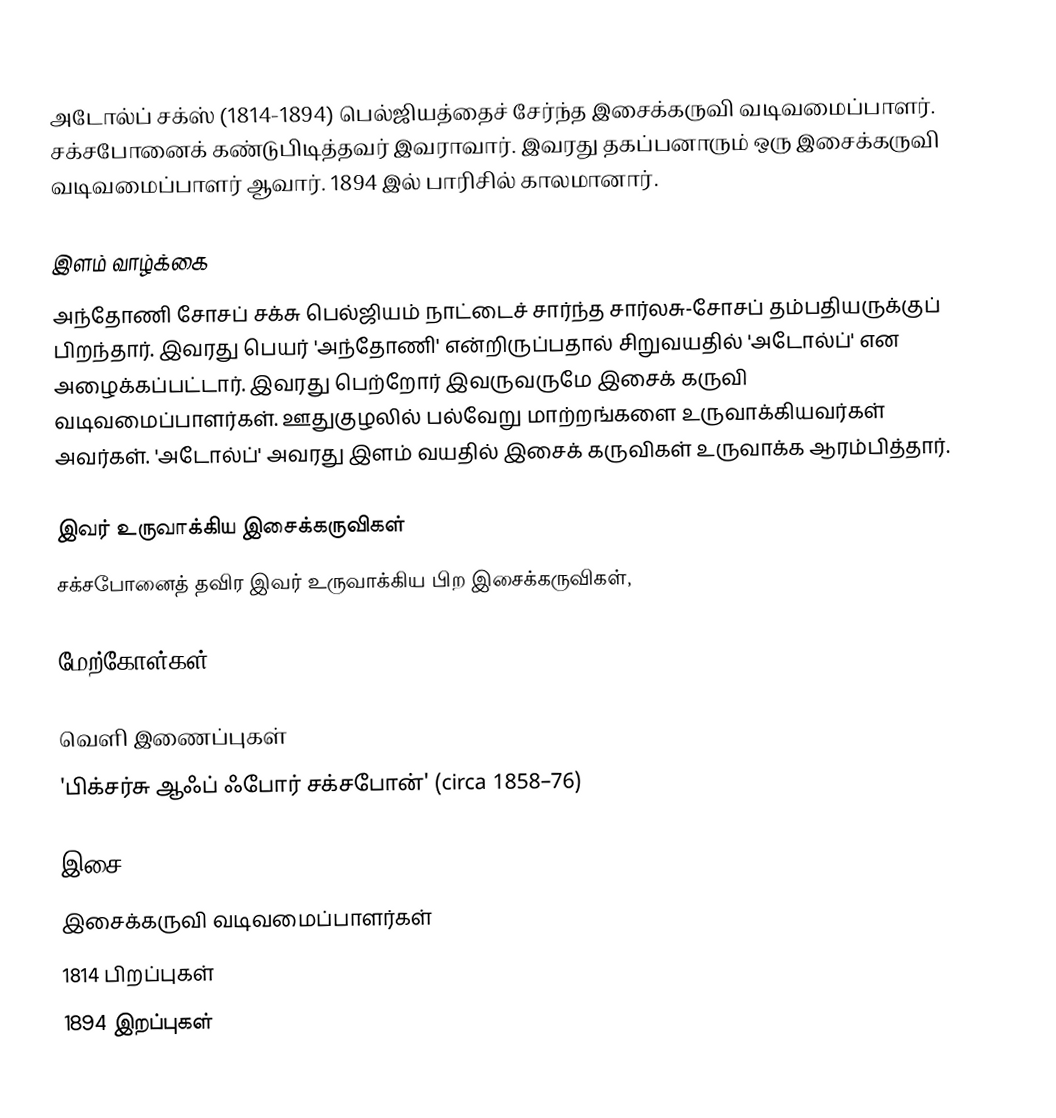
அடோல்ப் சக்ஸ் (1814-1894) பெல்ஜியத்தைச் சேர்ந்த இசைக்கருவி வடிவமைப்பாளர். சக்சபோனைக் கண்டுபிடித்தவர் இவராவார். இவரது தகப்பனாரும் ஒரு இசைக்கருவி வடிவமைப்பாளர் ஆவார். 1894 இல் பாரிசில் காலமானார்.

இளம் வாழ்க்கை
அந்தோணி சோசப் சக்சு பெல்ஜியம் நாட்டைச் சார்ந்த சார்லசு-சோசப் தம்பதியருக்குப் பிறந்தார். இவரது பெயர் 'அந்தோணி' என்றிருப்பதால் சிறுவயதில் 'அடோல்ப்' என அழைக்கப்பட்டார். இவரது பெற்றோர் இவருவருமே இசைக் கருவி வடிவமைப்பாளர்கள். ஊதுகுழலில் பல்வேறு மாற்றங்களை உருவாக்கியவர்கள் அவர்கள். 'அடோல்ப்' அவரது இளம் வயதில் இசைக் கருவிகள் உருவாக்க ஆரம்பித்தார்.

இவர் உருவாக்கிய இசைக்கருவிகள்
சக்சபோனைத் தவிர இவர் உருவாக்கிய பிற இசைக்கருவிகள்,

மேற்கோள்கள்

வெளி இணைப்புகள்
'பிக்சர்சு ஆஃப் ஃபோர் சக்சபோன்' (circa 1858–76)

இசை
இசைக்கருவி வடிவமைப்பாளர்கள்
1814 பிறப்புகள்
1894 இறப்புகள்